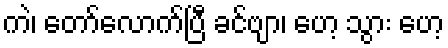
ကဲ၊ တော်လောက်ပြီ ခင်ဗျာ၊ ဟေ့ သွား ဟေ့